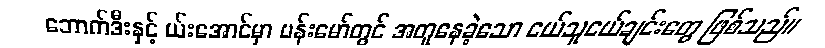
ဘောက်ဒီးနှင့် ယ်းအောင်မှာ ဗန်းမော်တွင် အတူနေခဲ့သော ငယ်သူငယ်ချင်းတွေ ဖြစ်သည်။